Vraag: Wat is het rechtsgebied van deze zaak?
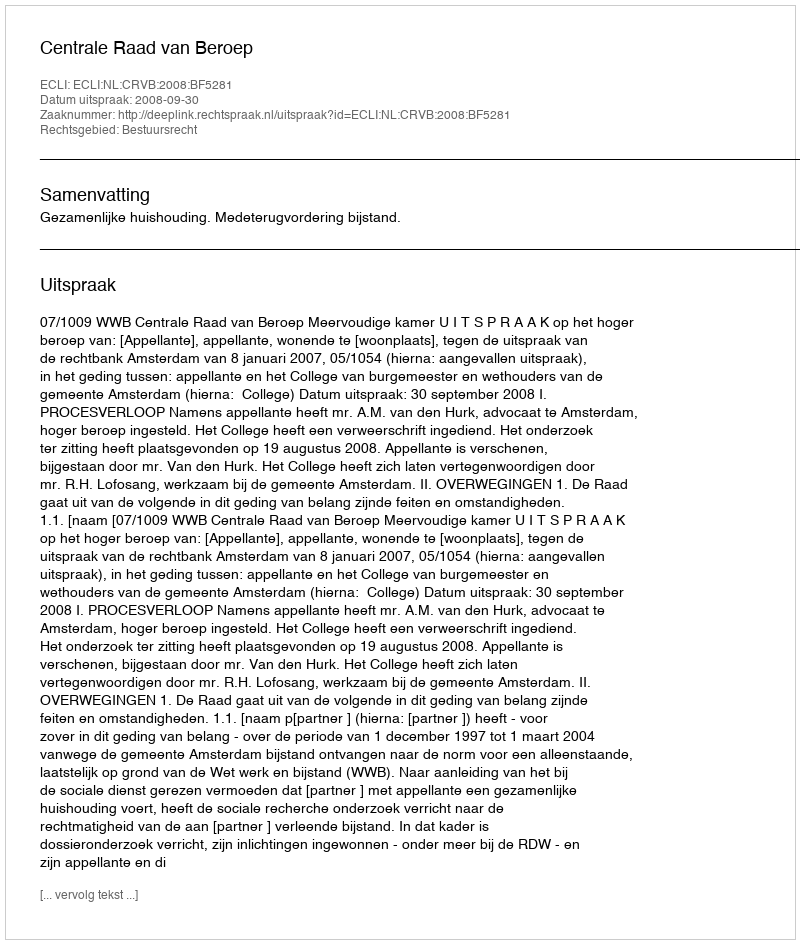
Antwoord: Bestuursrecht